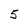
Character: 5